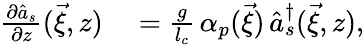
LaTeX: \begin{array}{rl}{\frac{\partial\hat{a}_{s}}{\partial z}(\vec{\xi},z)}&{{}=\frac{g}{l_{c}}\, {\alpha}_{p}(\vec{\xi})\, \hat{a}_{s}^{\dagger}(\vec{\xi},z),}\end{array}